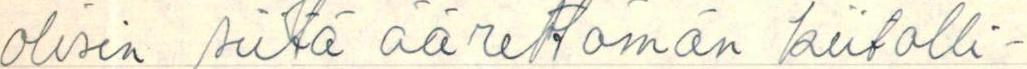
olisin siitä äärettömän kiitolli-